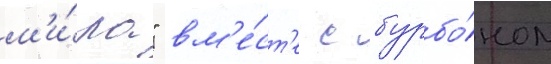
м'и́ра" вм'е́ст'е с бурбо́ном